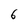
Character: 6